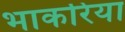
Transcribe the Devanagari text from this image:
भाकरिया